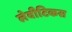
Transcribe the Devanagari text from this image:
लेवीटिकस